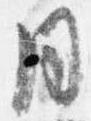
同